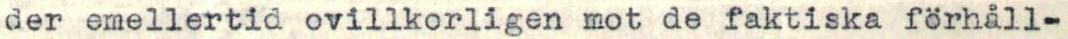
der emellertid ovillkorligen mot de faktiska förhåll-